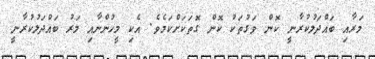
މަރާއި ބައްދަލުކުރާނީ ކޮން ވަގުތަކު ކޮން ގޮތަކަށްކަމެވެ. އެކި މީހުންނާއި މަރު ބައްދަލުކުރާނީ